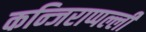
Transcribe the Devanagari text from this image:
कन्जिराप्पल्ली